Newspaper: The Daily Ardmoreite. [volume]
Place of publication: Ardmore, Okla.
Publisher: John F. Easley
Date: 1895-01-05 00:00:00
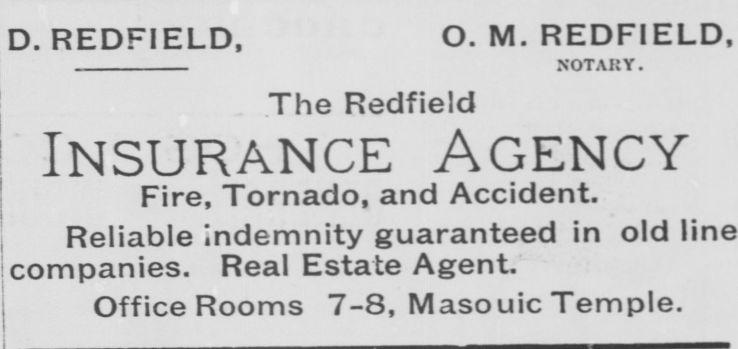
Advertisement text (OCR):
D. REDFIELD, O. M. REDFIELD, NOTARY. The Redfield Insurance Agency Fire, Tornado, and Accident. Reliable Indemnity guaranteed in old line companies. Real Estate Agent. Office Rooms 7-8, Masouic Temple.
Label: text-only